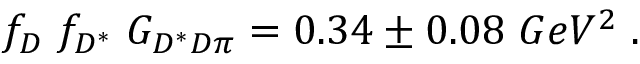
f _ { D } \; f _ { D ^ { * } } \; G _ { D ^ { * } D \pi } = 0 . 3 4 \pm 0 . 0 8 \; G e V ^ { 2 } \; .